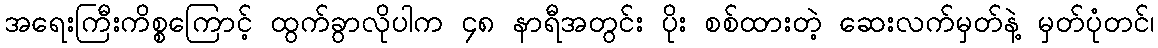
အရေးကြီးကိစ္စကြောင့် ထွက်ခွာလိုပါက ၄၈ နာရီအတွင်း ပိုး စစ်ထားတဲ့ ဆေးလက်မှတ်နဲ့ မှတ်ပုံတင်၊